Reports on dispensaries and lunatic asylums in the Province of Oudh - 1869-1876
Year: 1869
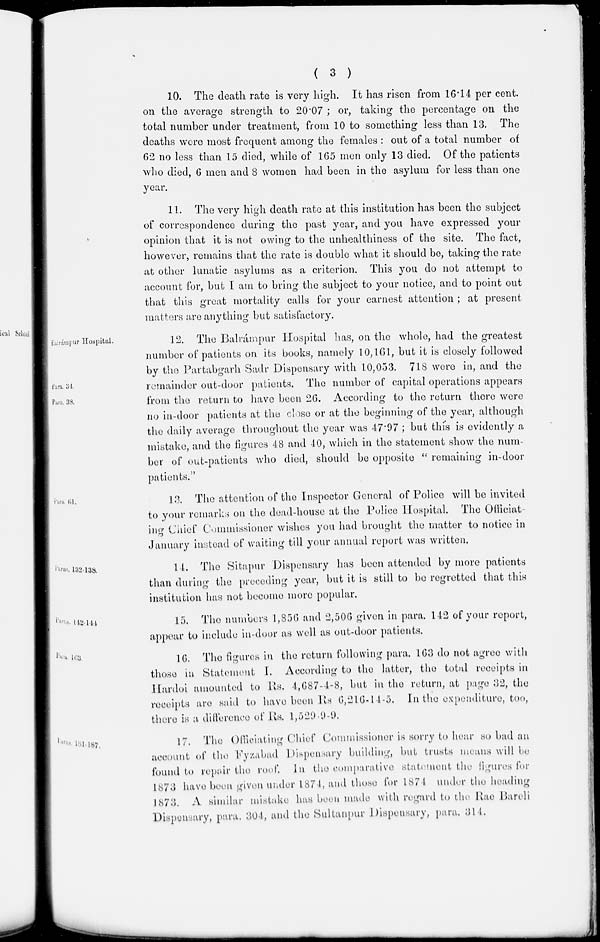
( 3 )
10. The death rate is very high. It has risen from 16.14 per cent.
on the average strength to 20.07 ; or, taking the percentage on the
total number under treatment, from 10 to something less than 13. The
deaths were most frequent among the females : out of a total number of
62 no less than 15 died, while of 165 men only 13 died. Of the patients
who died, 6 men and 8 women had been in the asylum for less than one
year.
11. The very high death rate at this institution has been the subject
of correspondence during the past year, and you have expressed your
opinion that it is not owing to the unhealthiness of the site. The fact,
however, remains that the rate is double what it should be, taking the rate
at other lunatic asylums as a criterion. This you do not attempt to
account for, but I am to bring the subject to your notice, and to point out
that this great mortality calls for your earnest attention ; at present
matters are anything but satisfactory.
Balrámpur Hospital.
Para. 34.
Para. 38.
12. The Balrámpur Hospital has, on the whole, had the greatest
number of patients on its books, namely 10,161, but it is closely followed
by the Partabgarh Sadr Dispensary with 10,053. 718 were in, and the
remainder out-door patients. The number of capital operations appears
from the return to have been 26. According to the return there were
no in-door patients at the close or at the beginning of the year, although
the daily average throughout the year was 47.97 ; but this is evidently a
mistake, and the figures 48 and 40, which in the statement show the num-
ber of out-patients who died, should be opposite " remaining in-door
patients."
Para 61.
13. The attention of the Inspector General of Police will be invited
to your remarks on the dead-house at the Police Hospital. The Officiat-
ing Chief Commissioner wishes you had brought the matter to notice in
January instead of waiting till your annual report was written.
Para. 132-138.
14. The Sitapur Dispensary has been attended by more patients
than during the preceding year, but it is still to be regretted that this
institution has not become more popular.
Para. 142-144
15. The numbers 1,856 and 2,506 given in para. 142 of your report,
appear to include in-door as well as out-door patients.
Para. 163.
16. The figures in the return following para. 163 do not agree with
those in Statement I. According to the latter, the total receipts in
Hardoi amounted to Rs. 4,687-4-8, but in the return, at page 32, the
receipts are said to have been Rs 6,216-14-5. In the expenditure, too,
there is a difference of Rs. 1,520-9-9.
Para. 181-187.
17. The Officiating Chief Commissioner is sorry to hear so bad an
account of the Fyzabad Dispensary building, but trusts means will be
found to repair the roof. In the comparative statement the figures for
1873 have been given under 1874, and those for 1874 under the heading
1873. A similar mistake has been made with regard to the Rae Bareli
Dispensary, para. 304, and the Sultanpur Dispensary, para. 314.